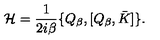
{ \cal H } = \frac { 1 } { 2 i \beta } \{ Q _ { \beta } , [ Q _ { \beta } , \bar { K } ] \} .